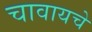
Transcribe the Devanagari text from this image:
चावायचे